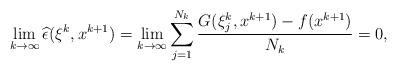
LaTeX: \begin{align*}\lim_{k\rightarrow\infty}\widehat\epsilon(\xi^k,x^{k+1})=\lim_{k\rightarrow\infty}\sum_{j=1}^{N_k}\frac{G(\xi^k_j,x^{k+1})-f(x^{k+1})}{N_k}=0,\end{align*}